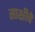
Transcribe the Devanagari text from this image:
साक्षीचे